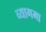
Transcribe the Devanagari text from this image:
व्यागमा